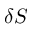
\delta S